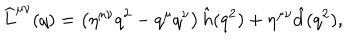
\widehat L ^ { \mu \nu } ( q ) = \left( \eta ^ { \mu \nu } q ^ { 2 } - q ^ { \mu } q ^ { \nu } \right) \hat { h } ( q ^ { 2 } ) + \eta ^ { \mu \nu } \hat { d } ( q ^ { 2 } ) ,